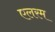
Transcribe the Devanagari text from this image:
एलरम